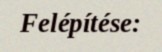
Felépítése: